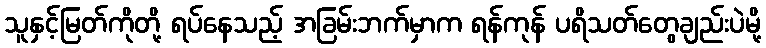
သူနှင့်မြတ်ကိုတို့ ရပ်နေသည့် အခြမ်းဘက်မှာက ရန်ကုန် ပရိသတ်တွေချည်းပဲမို့